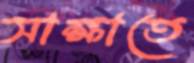
সাক্ষাতে